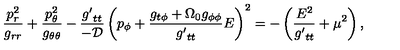
\frac { p _ { r } ^ { 2 } } { g _ { r r } } + \frac { p _ { \theta } ^ { 2 } } { g _ { \theta \theta } } - \frac { { g ^ { \prime } } _ { t t } } { - \cal D } \left( p _ { \phi } + \frac { g _ { t \phi } + \Omega _ { 0 } g _ { \phi \phi } } { { g ^ { \prime } } _ { t t } } E \right) ^ { 2 } = - \left( \frac { E ^ { 2 } } { { g ^ { \prime } } _ { t t } } + \mu ^ { 2 } \right) ,